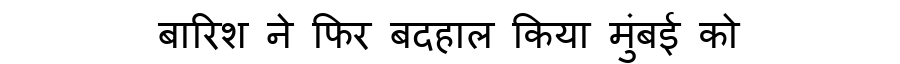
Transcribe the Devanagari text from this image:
बारिश ने फिर बदहाल किया मुंबई को